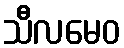
သီလမေဝ